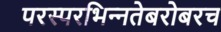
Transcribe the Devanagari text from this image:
परस्‍परभिन्‍नतेबरोबरच